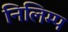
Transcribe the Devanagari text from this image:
निलिम्प